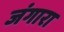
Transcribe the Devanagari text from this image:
जंगारा